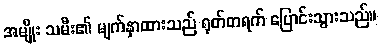
အမျိုး သမီး၏ မျက်နှာထားသည် ရုတ်တရက် ပြောင်းသွားသည်။